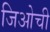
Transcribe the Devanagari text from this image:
जिओची